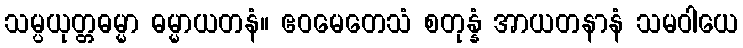
သမ္ပယုတ္တဓမ္မာ ဓမ္မာယတနံ။ ဧဝမေတေသံ စတုန္နံ အာယတနာနံ သမဝါယေ